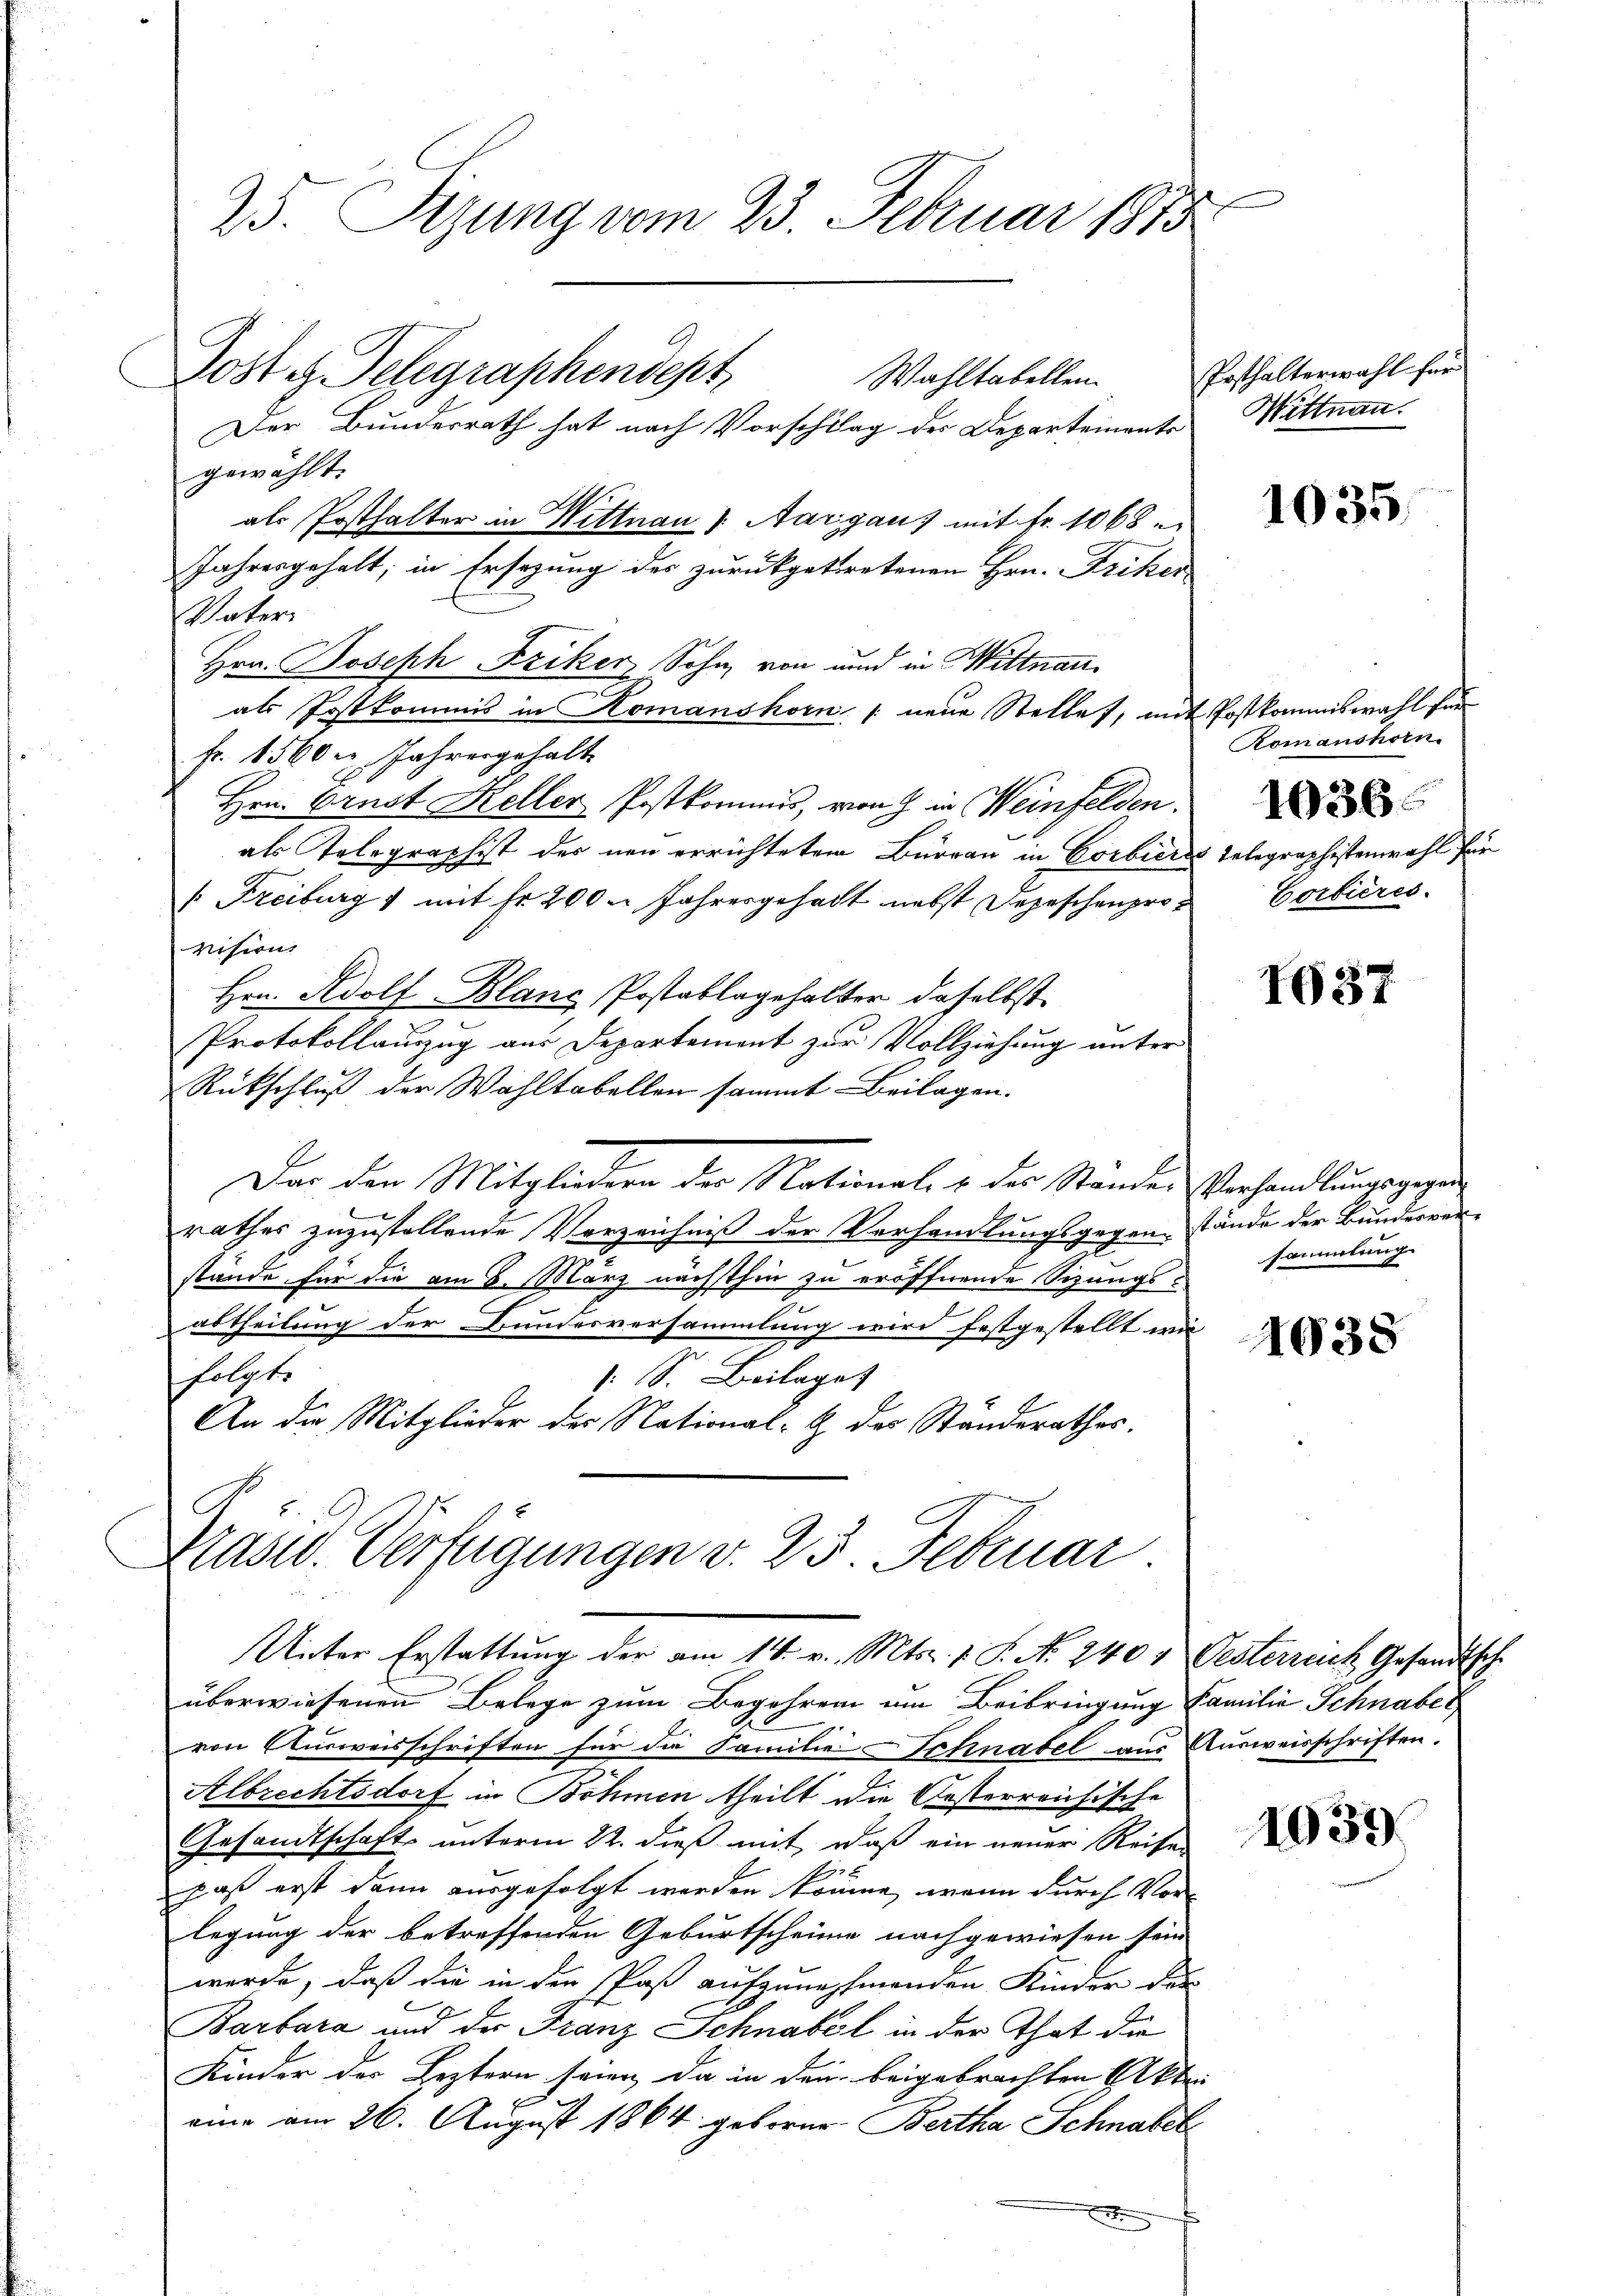
25. Sizung vom 23. Februar 1873
Post es Telegraphendest
Wahltabellen.
Der Bundesrath hat nach Vorschlag der Departemente Mittnan

gewählt.
als Posthalter in Wittnau, Aargaus mit Fr. 1068
Jahresgehalt; in Ersezung der zurückgetretenen Hrn. Friker
Vater
Hrn. Joseph Friker Sohn von und in Wittnau
als Postkommis in Komanshorn neue Stellet, mit Postkommiswahl für
fr. 1560 u. Jahresgehalt
Hrn. Ernst Keller Postkommis, von J. in Weinfelden.
als Telegraphist des neu errichteten Burgau in Corbières Telegraphistenwahl für
 Freiburg mit fr 2000 Jahresgehalt nebst Depeschenprovision.
Hrn. Adolf Blanc, Postablagehalter daselbst
Protokollauszug aus Departement zur Vollziehung unter
Rückschluß der Wahltabellen sammt Beilagen.
Dar den Mitgliedern der National- & der Standes Verhandlungsgegen
rathes zuzustellende Vorzeichniß der Verhandlungsgegenstände der Bundesver-
stände für die am 8. März nächsthin zu eröffnende Sizungssammlung
abtheilung der Bundesversammlung wird festgestellt wi
.
folgte
1: S. Beilaget
An die Mitglieder des National-G des Standerathes.
Präsid. Verfügungen v. 23. Februar

überwiesenen Belege zum Begehren am Beibringung Familie Schnabe
von Ausweisschriften für die Familie Schnabel aus Ausweisschriften.
Albrechtsdorf in Böhmen theilt die Oesterreichische
Gesandtschafts unterm 22. dieß mit, daß ein neuer Reisen
1.
pas erst dann ausgefolgt werden könne, wenn durch Vorlegung der betreffenden Geburtscheine nachgewiesen sein
werde, daß die in den Paß aufzunehmenden Kinder der
Barbara und der Franz Schnabel in der That die
Kinder der Leztern seien, da in dem beigebrachten Akten
eine am 26. August 1864 geborne Bertha Schnabet
.

Unter Erstattung der am 14. v. Mts. v. P. No. 240, Oesterruch Gesandtsch

Posthalterwahl für

1035

Romanshorn
1036.
Corbières.

1G37

1038

1039